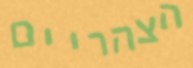
הצהריים